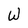
Character: W